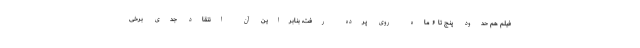
فیلم هم حدود پنج تا ۶ ماه روی پرده رفت، بنابراین آن انتقاد جدی برخی